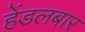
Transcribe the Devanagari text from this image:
हेंडलबार